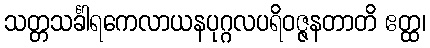
သတ္တသင်္ခါရကေလာယနပုဂ္ဂလပရိဝဇ္ဇနတာတိ ဧတ္ထ၊